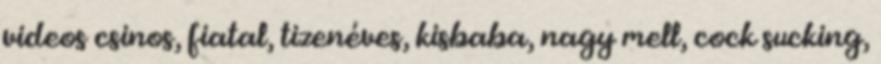
videos csinos, fiatal, tizenéves, kisbaba, nagy mell, cock sucking,